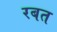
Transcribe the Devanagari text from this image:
रबत